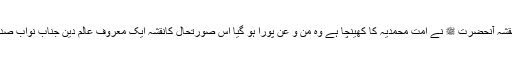
خاص طور پر احادیث مذکورہ میں جو نقشہ آنحضرت ﷺ نے امت محمدیہ کا کھینچا ہے وہ من و عن پورا ہو گیا اس صورتحال کانقشہ ایک معروف عالم دین جناب نواب صدیق حسن خانؒ ان الفاظ میں کھینچتے ہیں۔